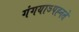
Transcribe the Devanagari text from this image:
गंगयाऽपह्नते